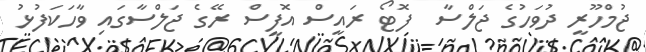
ޖުމްހޫރީ ދުވަހުގެ ޖަލްސާ  ފޮޓޯ ރައީސް އޮފީސް ރޭގެ ޖަލްސާގައި ވާހަކަފުޅު